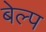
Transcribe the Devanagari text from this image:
बेल्प